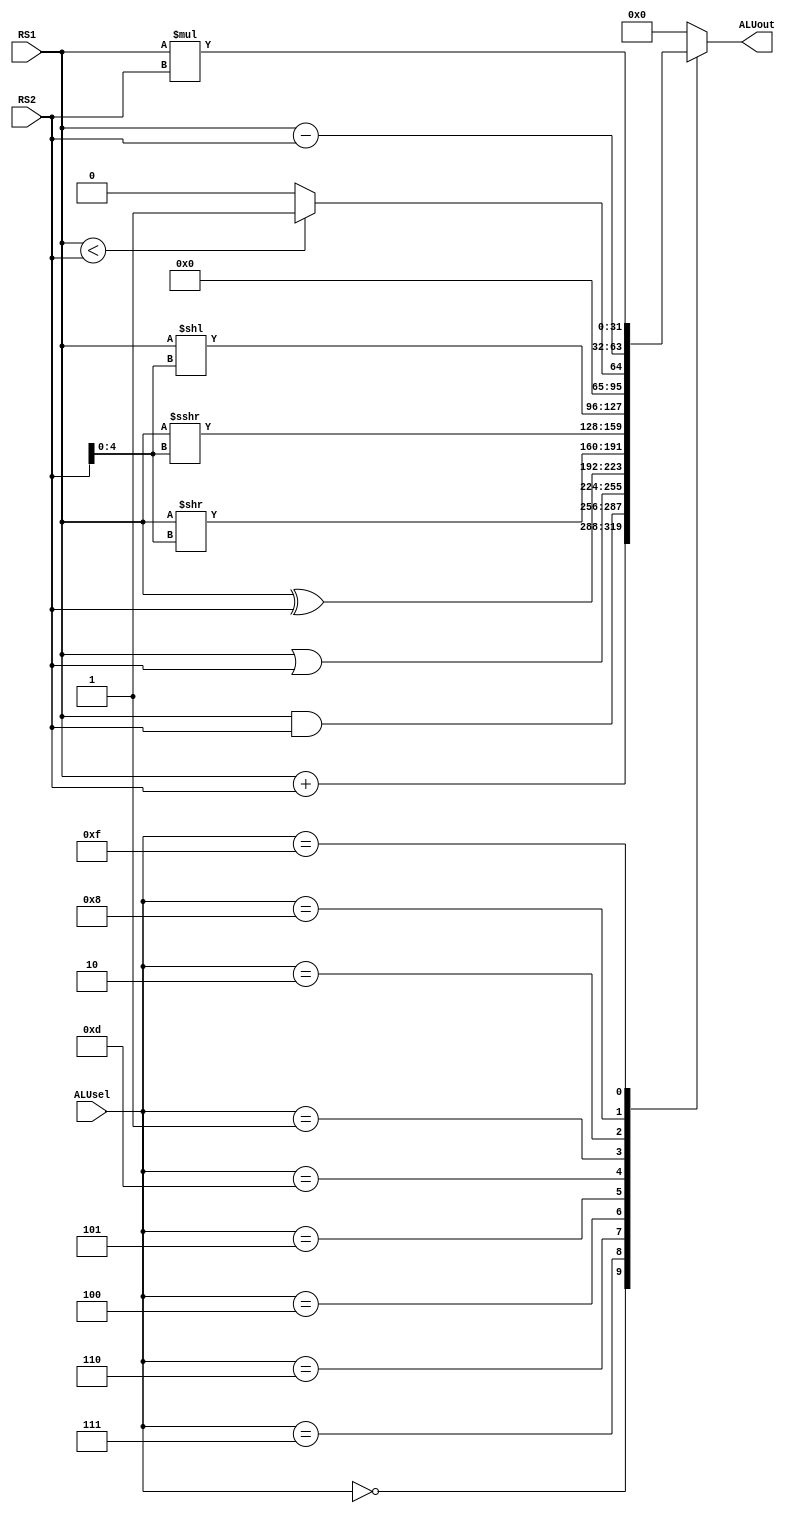
module ALU(
	RS1,
	RS2,
	ALUsel,
	ALUout
);

	input [31:0]RS1, RS2;
	input [3:0] ALUsel;
	output reg[31:0]ALUout;

	//Definining all the functions of ALU
	parameter Add = 4'b0,And = 4'b111, Or = 4'b110, Xor = 4'b100, srl = 4'b101, sra = 4'b1101, sll = 4'b1, slt = 4'b10, Sub = 4'b1000, mul = 4'b1111;//Special code for mul 
	//Special code for mul 
	always@(*) begin //ALU select mux 
	case(ALUsel)
	
	Add: ALUout = RS1 + RS2;
	And: ALUout = RS1 & RS2;
	 Or: ALUout = RS1 | RS2;
	Xor: ALUout = RS1 ^ RS2;
	srl: ALUout = RS1 >> RS2[4:0];
	sra: ALUout = RS1 >>> RS2[4:0];	
	sll: ALUout = RS1 << RS2[4:0];
	slt: ALUout = RS1 < RS2 ? 32'b1 : 32'b0 ;
	Sub: ALUout = RS1 - RS2;
   mul: ALUout = RS1*RS2;
	default: ALUout = 32'b0;
	endcase
	end
	
endmodule